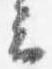
云